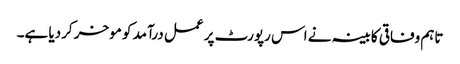
تاہم وفاقی کابینہ نے اس رپورٹ پر عمل درآمد کو موخر کردیا ہے۔